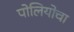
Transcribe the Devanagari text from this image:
पोलियोचा